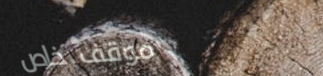
موقف خاص